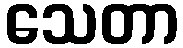
သေတာ